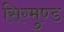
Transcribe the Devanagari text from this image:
सिग्मुण्ड